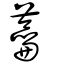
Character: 蘥